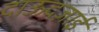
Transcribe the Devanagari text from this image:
दाऊदज़ाई